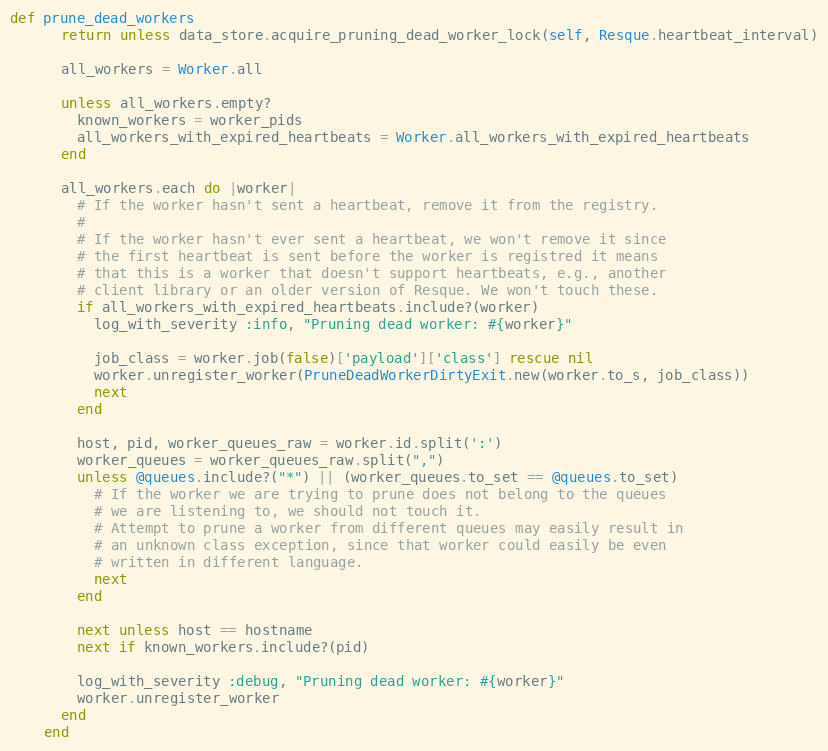
Language: Ruby
def prune_dead_workers
      return unless data_store.acquire_pruning_dead_worker_lock(self, Resque.heartbeat_interval)

      all_workers = Worker.all

      unless all_workers.empty?
        known_workers = worker_pids
        all_workers_with_expired_heartbeats = Worker.all_workers_with_expired_heartbeats
      end

      all_workers.each do |worker|
        # If the worker hasn't sent a heartbeat, remove it from the registry.
        #
        # If the worker hasn't ever sent a heartbeat, we won't remove it since
        # the first heartbeat is sent before the worker is registred it means
        # that this is a worker that doesn't support heartbeats, e.g., another
        # client library or an older version of Resque. We won't touch these.
        if all_workers_with_expired_heartbeats.include?(worker)
          log_with_severity :info, "Pruning dead worker: #{worker}"

          job_class = worker.job(false)['payload']['class'] rescue nil
          worker.unregister_worker(PruneDeadWorkerDirtyExit.new(worker.to_s, job_class))
          next
        end

        host, pid, worker_queues_raw = worker.id.split(':')
        worker_queues = worker_queues_raw.split(",")
        unless @queues.include?("*") || (worker_queues.to_set == @queues.to_set)
          # If the worker we are trying to prune does not belong to the queues
          # we are listening to, we should not touch it.
          # Attempt to prune a worker from different queues may easily result in
          # an unknown class exception, since that worker could easily be even
          # written in different language.
          next
        end

        next unless host == hostname
        next if known_workers.include?(pid)

        log_with_severity :debug, "Pruning dead worker: #{worker}"
        worker.unregister_worker
      end
    end